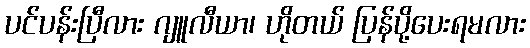
ပင်ပန်းပြီလား ဂျူလီယာ၊ ဟိုတယ် ပြန်ပို့ပေးရမလား